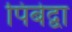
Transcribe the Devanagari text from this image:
पिबेद्वा